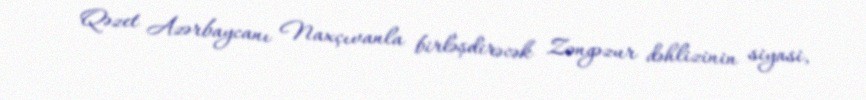
Qəzet Azərbaycanı Naxçıvanla birləşdirəcək Zəngəzur dəhlizinin siyasi,